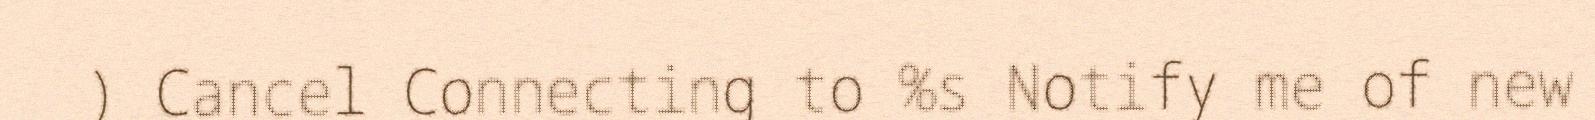
) Cancel Connecting to %s Notify me of new